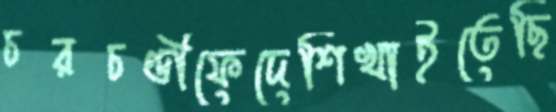
চরচণ্ডীফেদেশিখাইতেছি